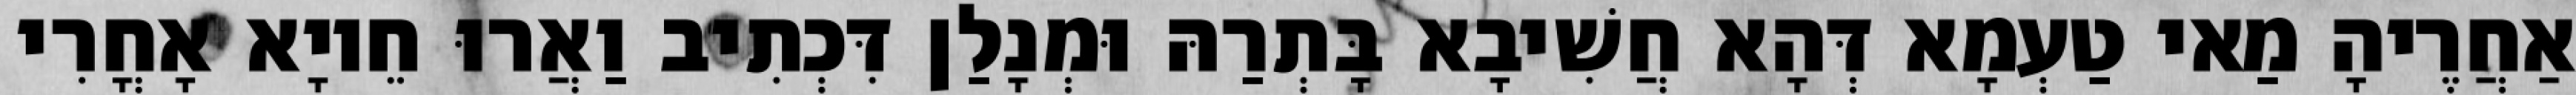
אַחֲרֶיהָ מַאי טַעְמָא דְּהָא חֲשִׁיבָא בָּתְרַהּ וּמְנָלַן דִּכְתִיב וַאֲרוּ חֵיוָא אָחֳרִי